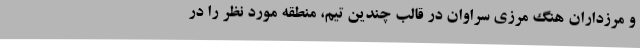
و مرزداران هنگ مرزی سراوان در قالب چندین تیم، منطقه مورد نظر را در